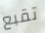
تقبع